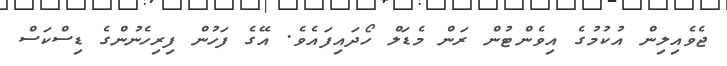
ޖެވެއިލިން އުކުމުގެ އިވެންޓުން ރަން މެޑަލް ހޯދައިފައެވެ. އޭގެ ފަހުން ފިރިހެނުންގެ ޑިސްކަސް